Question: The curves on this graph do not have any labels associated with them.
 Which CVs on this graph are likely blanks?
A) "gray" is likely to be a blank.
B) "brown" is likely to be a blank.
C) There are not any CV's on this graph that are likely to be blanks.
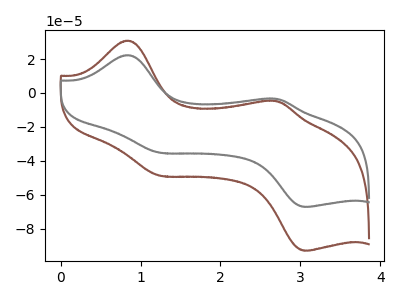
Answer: <think>The brown curve "brown" has anodic peaks at (0.85V, 30.80uA) (2.70V, -4.85uA) and cathodic peaks at (1.25V, -48.65uA) (3.10V, -92.90uA). The gray curve "gray" has anodic peaks at (0.85V, 22.25uA) (2.70V, -3.50uA) and cathodic peaks at (1.25V, -35.15uA) (3.10V, -67.10uA).</think>
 <answer>C) There are not any CV's on this graph that are likely to be blanks.</answer>
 <eval>C</eval>